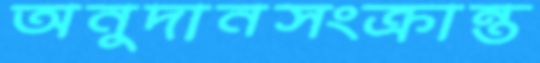
অনুদানসংক্রান্ত